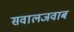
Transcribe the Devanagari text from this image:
सवालजवाब